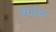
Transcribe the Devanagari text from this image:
वेगाला